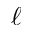
\ell